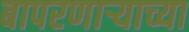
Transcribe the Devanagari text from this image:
बापरणार्‍याच्या